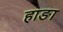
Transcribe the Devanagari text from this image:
हाङा